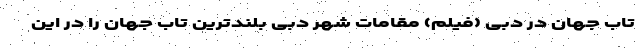
تاب جهان در دبی (فیلم) مقامات شهر دبی بلندترین تاب جهان را در این